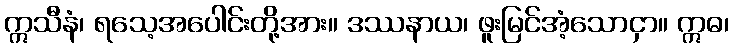
ဣသီနံ၊ ရသေ့အပေါင်းတို့အား။ ဒဿနာယ၊ ဖူးမြင်အံ့သောငှာ။ ဣဓ၊